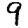
Digit: 9